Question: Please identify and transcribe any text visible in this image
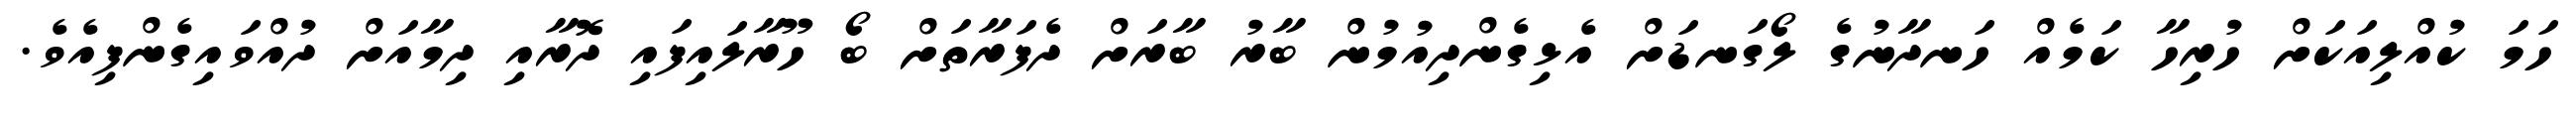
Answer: ހަމަ ކުއްލިއަކަށް ހުރިހާ ކަމެއް ހަނދާނުގެ ލޯގަނޑަށް އެޅިގެންދިއުމުން ބާރު ބާރަށް ދެފަރާތަށް ބޯ ހޫރާލައިފައި ދޮރާއި ދިމާއަށް ދުއްވައިގެންފިއެވެ.